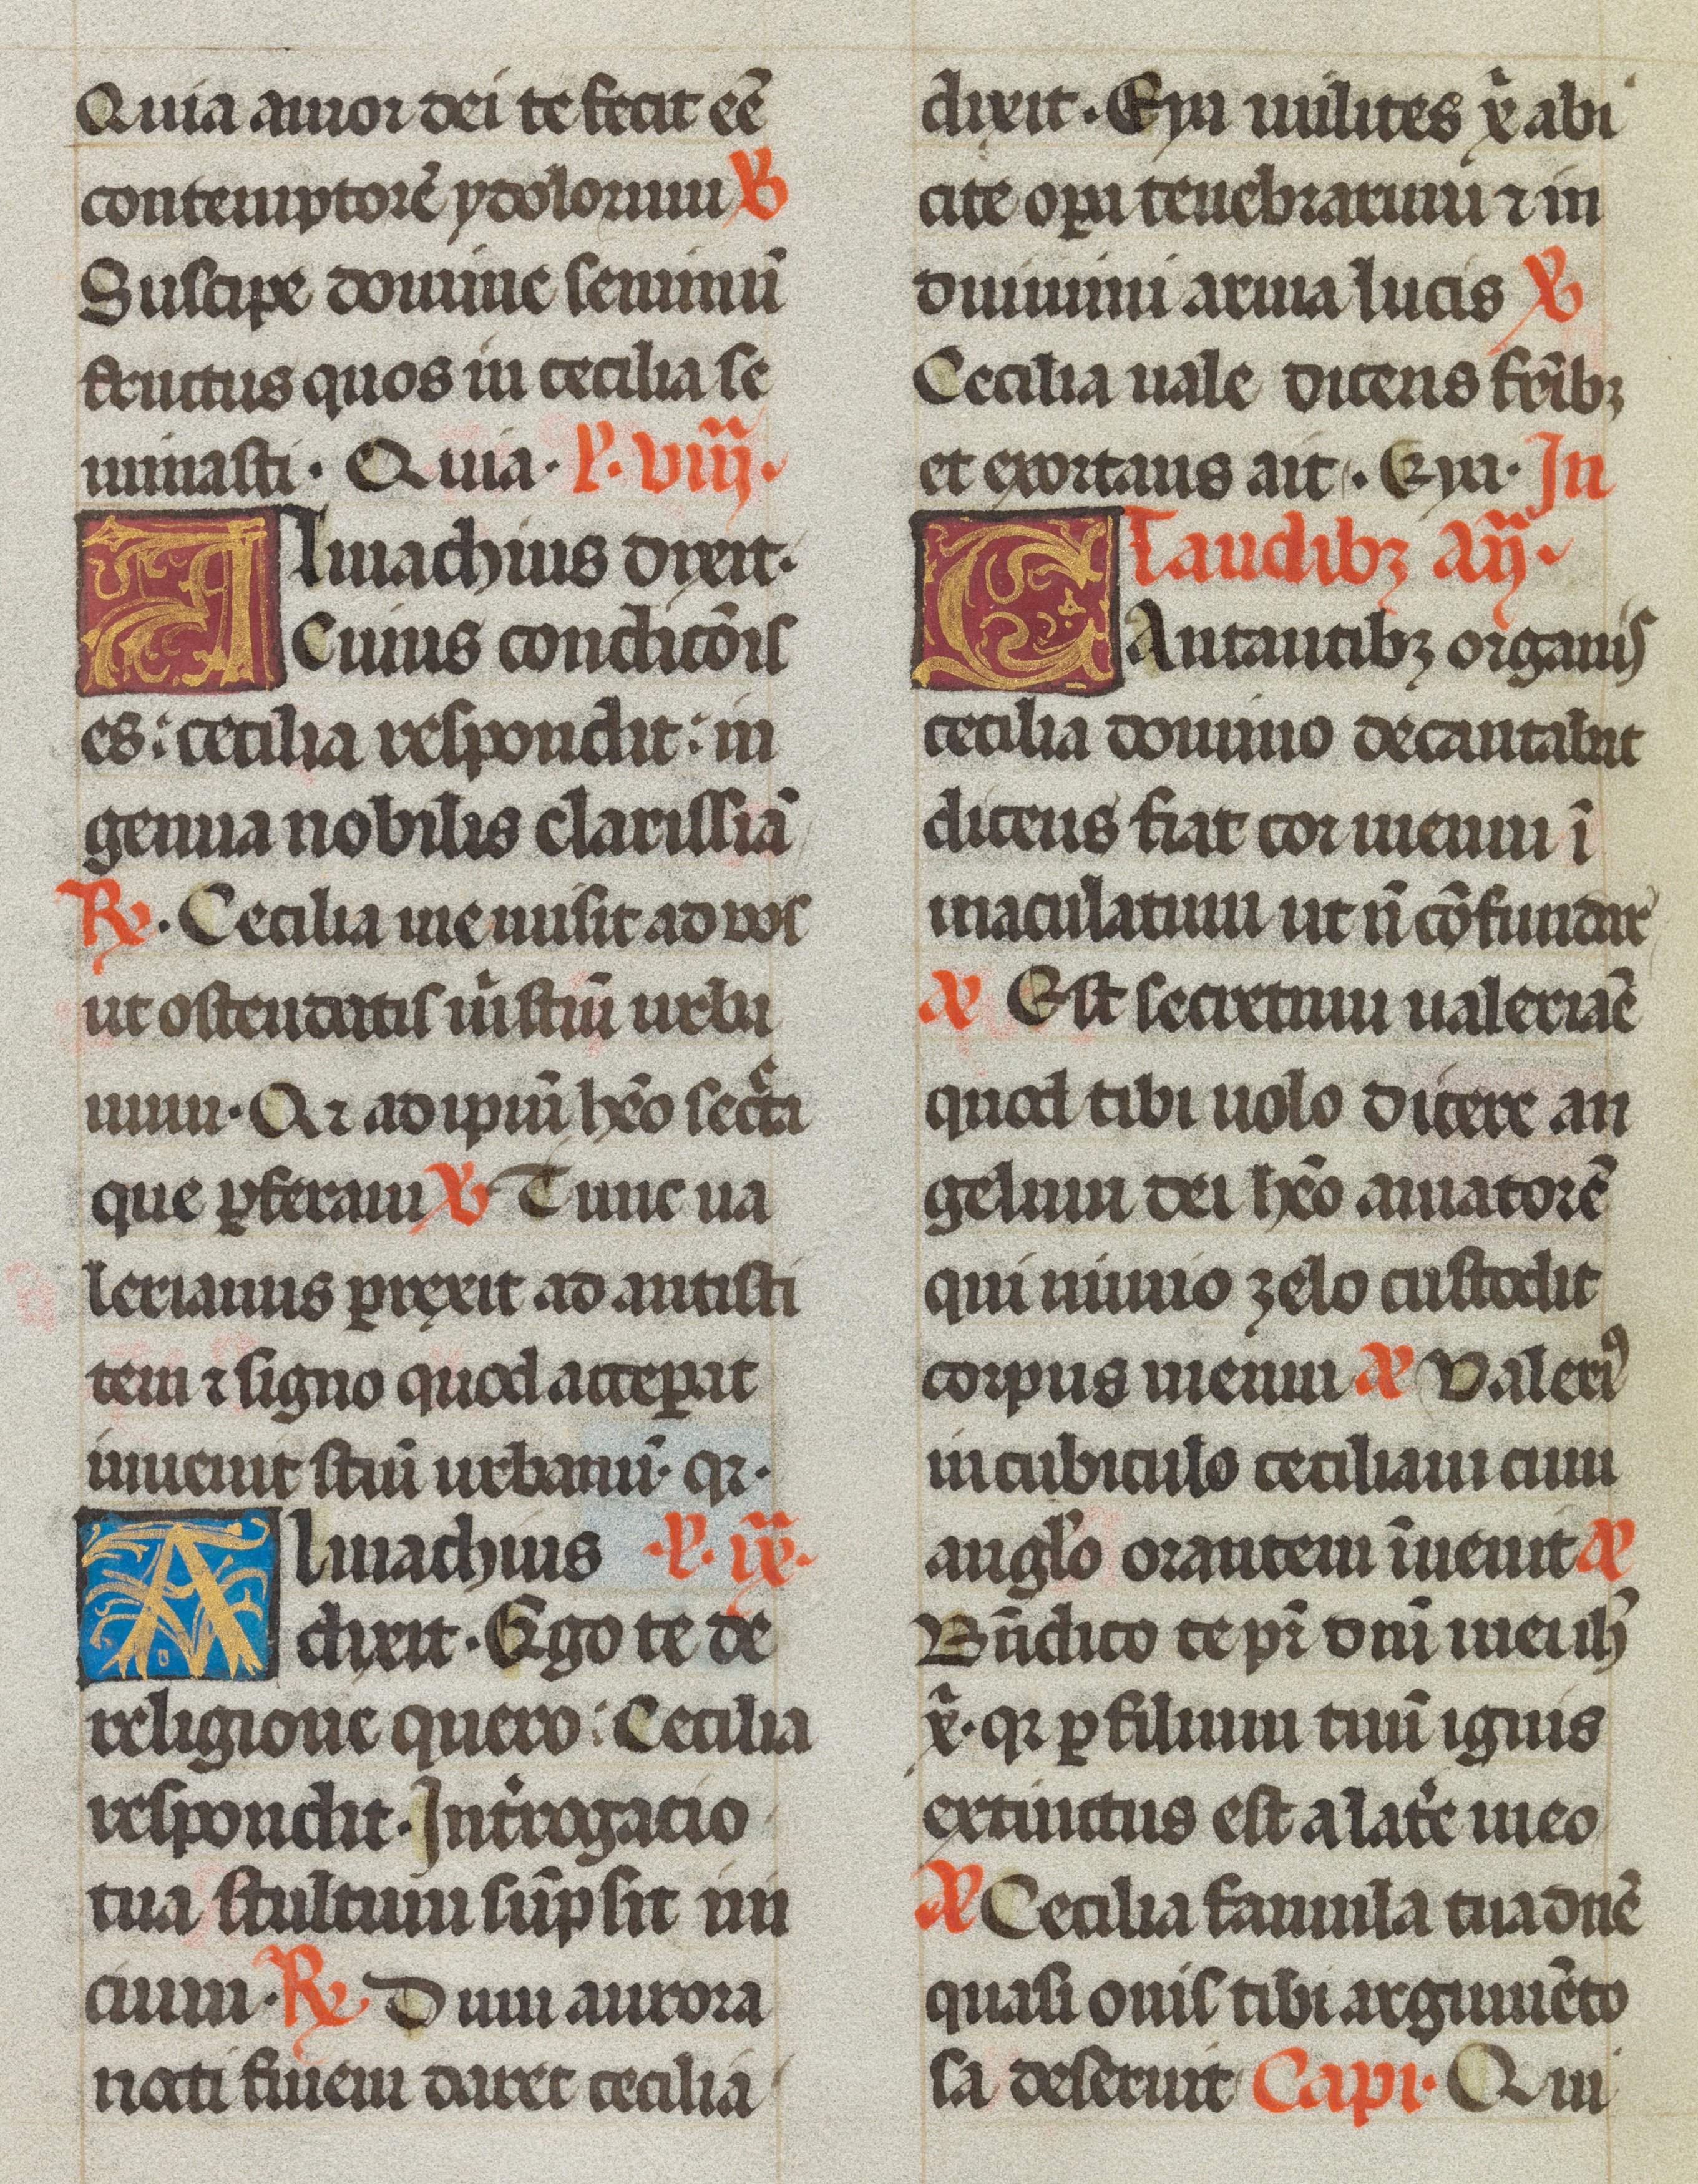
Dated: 1493–1493